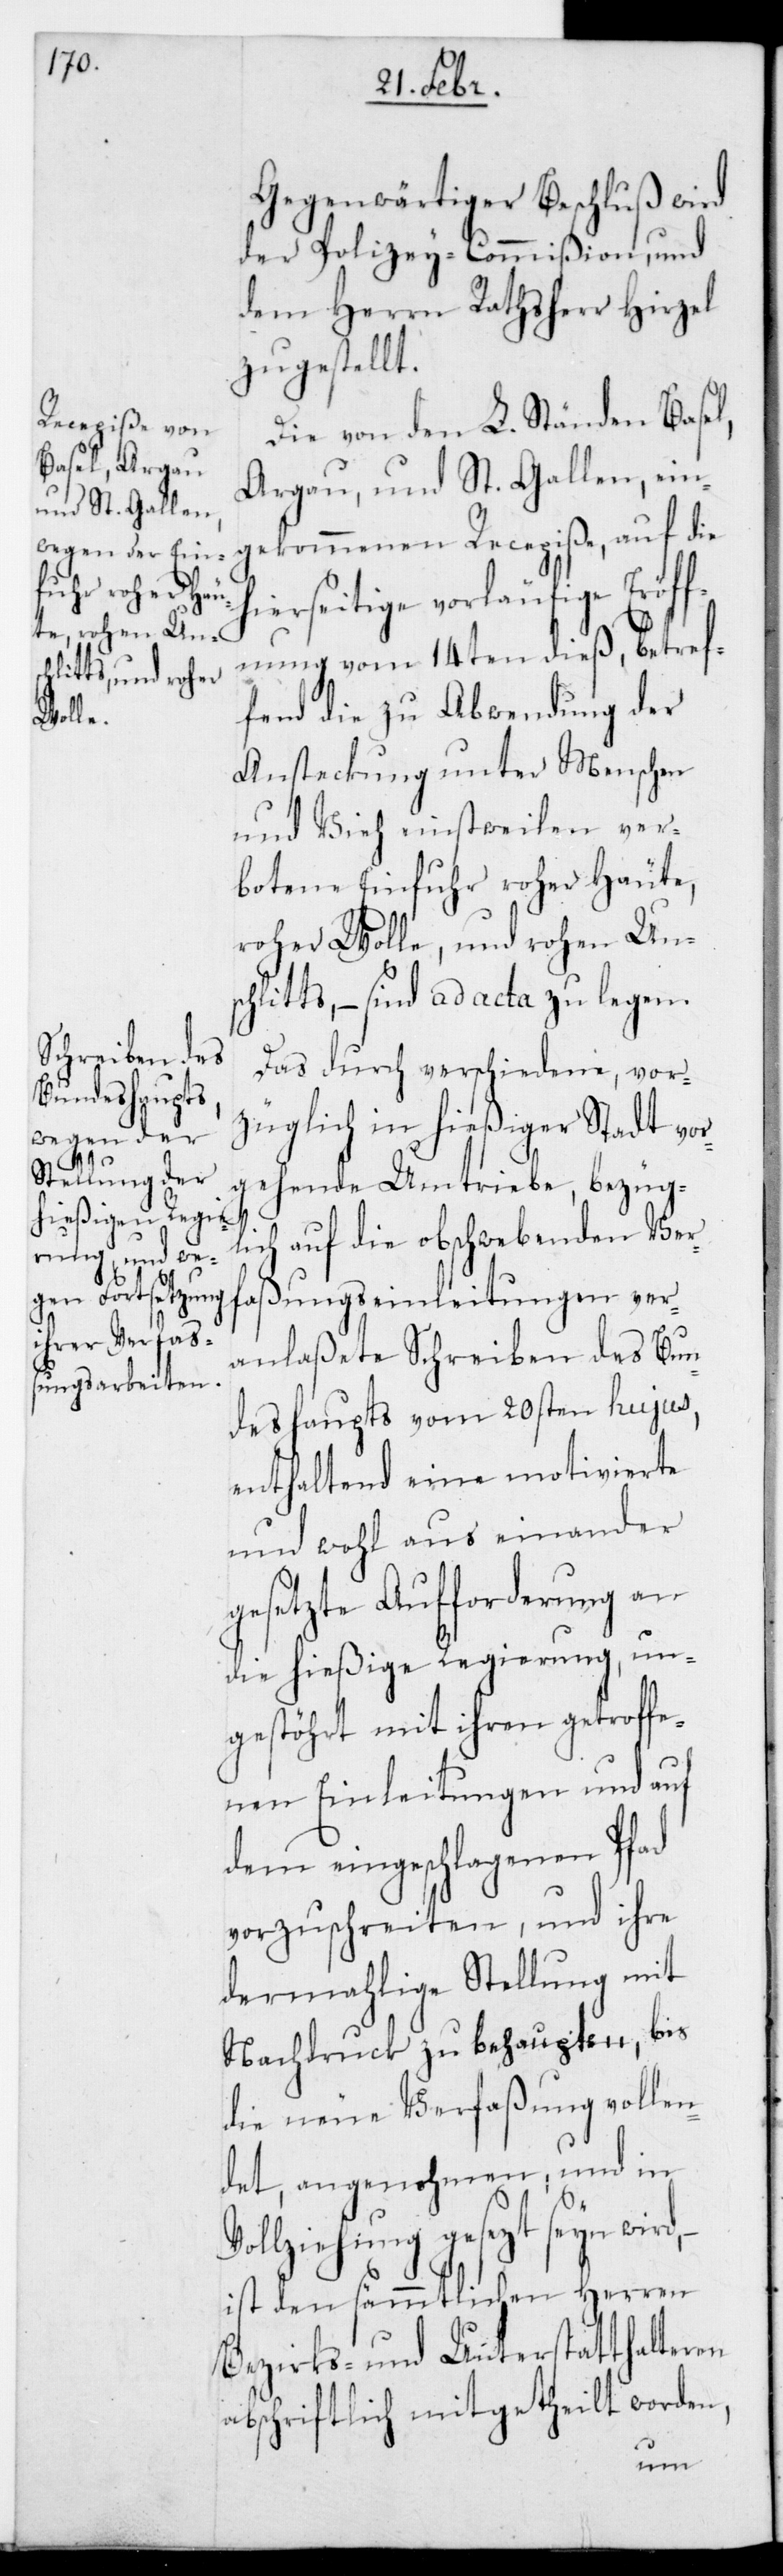
Gegenwärtiger Beschluß wird
der Polizey-Commißion und
dem Herrn Rathsherr Hirzel
zugestellt.
Die von den L. Ständen Basel,
Argau und St. Gallen ein¬
gekommenen Recepiße auf die
hierseitige vorläufige Eröff¬
nung vom 14ten dieß, betref¬
fend die zu Abwendung der
Ansteckung unter Menschen
und Vieh einstweilen ver¬
botene Einfuhr roher Häute,
roher Wolle und rohen Uns¬
chlitts, – sind ad acta zu legen.
Das durch verschiedene, vor¬
züglich in hießiger Stadt vor¬
gehende Umtriebe, bezüg¬
lich auf die obschwebenden Verf¬
aßungseinleitungen ver¬
anlaßete Schreiben des Bun¬
deshaupts vom 20sten hujus,
enthaltend eine motivierte
und wohl auseinander
gesezte Aufforderung an
die hießige Regierung, un¬
gestört mit ihren getroffe¬
nen Einleitungen und auf
dem eingeschlagenen Pfad
vorzuschreiten, und ihre
dermahlige Stellung mit
Nachdruck zu behaupten, bis
die neue Verfaßung vollen¬
det, angenohmen und in
Vollziehung gesezt sein wird,
ist den sämmtlichen Herren
Bezirks- und Unterstatthalteren
abschriftlich mitgetheilt worden,